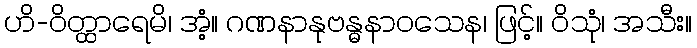
ဟိ-ဝိတ္ထာရေမိ၊ အံ့။ ဂဏနာနုဗန္ဓနာဝသေန၊ ဖြင့်။ ဝိသုံ၊ အသီး။